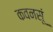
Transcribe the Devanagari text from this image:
कवनसूं